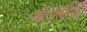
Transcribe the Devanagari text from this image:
ऑटोमॅटिक